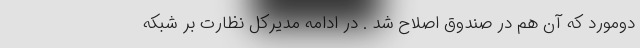
دومورد که آن هم در صندوق اصلاح شد . در ادامه مدیرکل نظارت بر شبکه